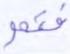
فتم